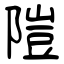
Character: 隑